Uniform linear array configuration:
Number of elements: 12
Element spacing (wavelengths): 0.75
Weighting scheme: binomial
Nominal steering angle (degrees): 45
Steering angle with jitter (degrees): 46.621
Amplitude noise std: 0.05
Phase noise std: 0.05

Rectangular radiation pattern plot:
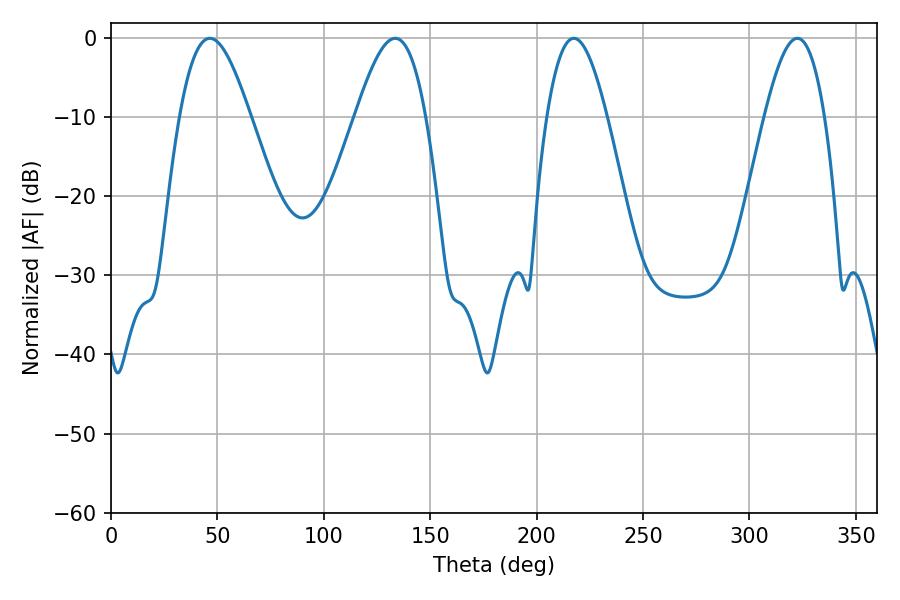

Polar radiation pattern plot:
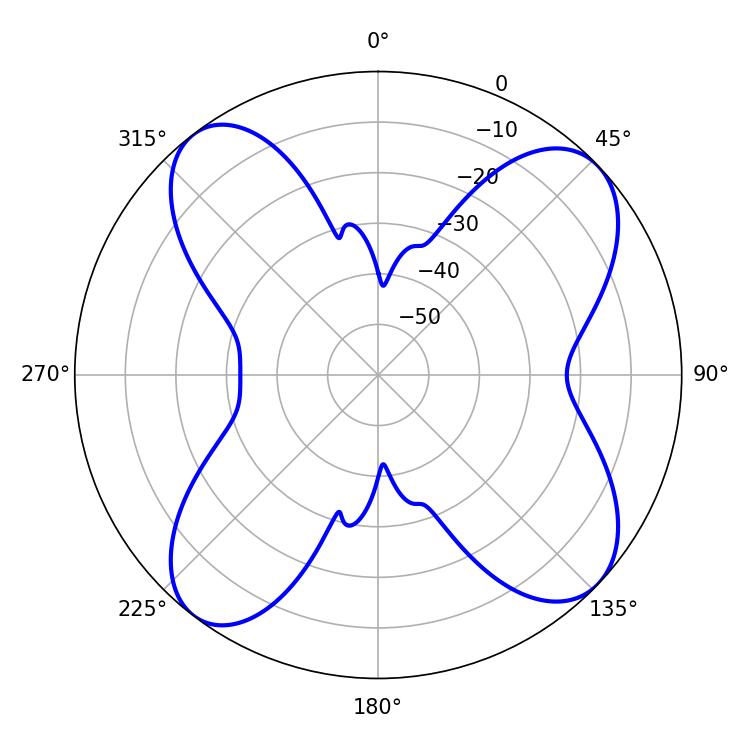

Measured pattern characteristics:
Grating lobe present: TRUE
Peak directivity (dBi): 11.338
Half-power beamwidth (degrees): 17.82
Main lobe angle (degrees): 46.44